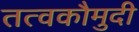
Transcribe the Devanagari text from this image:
तत्‍वकौमुदी